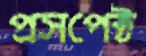
প্রসপেক্ট